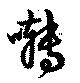
囀